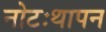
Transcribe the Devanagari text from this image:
नोटःथापन